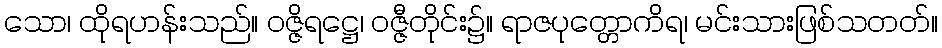
သော၊ ထိုရဟန်းသည်။ ဝဇ္ဇိရဋ္ဌေ၊ ဝဇ္ဇီတိုင်း၌။ ရာဇပုတ္တောကိရ၊ မင်းသားဖြစ်သတတ်။